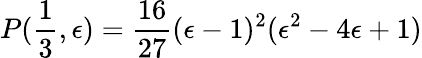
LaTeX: P(\frac{1}{3},\epsilon)=\frac{16}{27}(\epsilon-1)^{2}(\epsilon^{2}-4\epsilon+1)